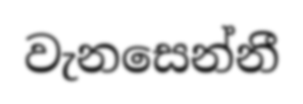
වැනසෙන්නී